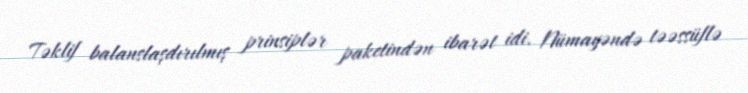
Təklif balanslaşdırılmış prinsiplər paketindən ibarət idi. Nümayəndə təəssüflə